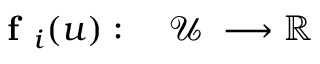
\begin{array} { r l } { \textbf { f } _ { i } ( u ) : \; } & { { } \mathcal { U } \; \longrightarrow \mathbb { R } } \end{array}